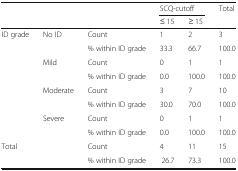
<table><thead><tr><td rowspan="2" colspan="3"></td><td colspan="2"><b>SCQ-cutoff</b></td><td rowspan="2"><b>Total</b></td></tr><tr><td><b>≤ 15</b></td><td><b>≥ 15</b></td></tr></thead><tbody><tr><td rowspan="8">ID grade</td><td rowspan="2">No ID</td><td>Count</td><td>1</td><td>2</td><td>3</td></tr><tr><td>% within ID grade</td><td>33.3</td><td>66.7</td><td>100.0</td></tr><tr><td rowspan="2">Mild</td><td>Count</td><td>0</td><td>1</td><td>1</td></tr><tr><td>% within ID grade</td><td>0.0</td><td>100.0</td><td>100.0</td></tr><tr><td rowspan="2">Moderate</td><td>Count</td><td>3</td><td>7</td><td>10</td></tr><tr><td>% within ID grade</td><td>30.0</td><td>70.0</td><td>100.0</td></tr><tr><td rowspan="2">Severe</td><td>Count</td><td>0</td><td>1</td><td>1</td></tr><tr><td>% within ID grade</td><td>0.0</td><td>100.0</td><td>100.0</td></tr><tr><td rowspan="2" colspan="2">Total</td><td>Count</td><td>4</td><td>11</td><td>15</td></tr><tr><td>% within ID grade</td><td>26.7</td><td>73.3</td><td>100.0</td></tr></tbody></table>